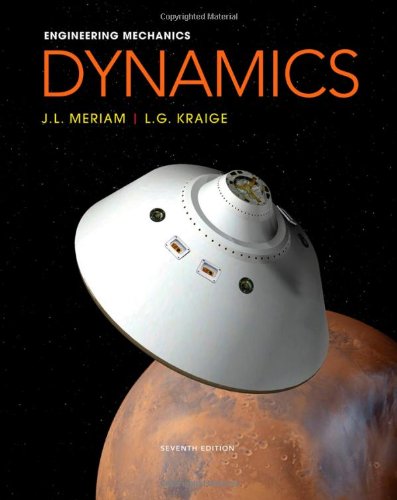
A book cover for Engineering Mechanics: Dynamics; J. L. Meriam; Science & Math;